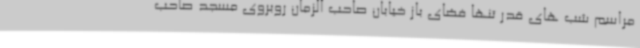
مراسم شب های قدر تنها فضای باز خیابان صاحب الزمان روبروی مسجد صاحب